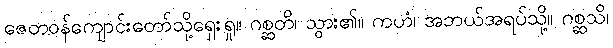
ဇေတဝန်ကျောင်းတော်သို့ရှေးရှု။ ဂစ္ဆတိ၊ သွား၏။ ကဟံ၊ အဘယ်အရပ်သို့။ ဂစ္ဆသိ၊